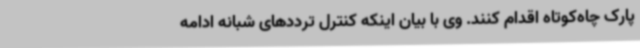
پارک چاه‌کوتاه اقدام کنند. وی با بیان اینکه کنترل ترددهای شبانه ادامه